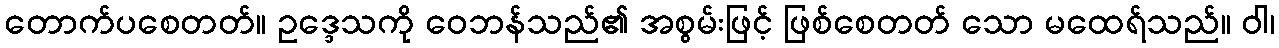
တောက်ပစေတတ်။ ဥဒ္ဒေသကို ဝေဘန်သည်၏ အစွမ်းဖြင့် ဖြစ်စေတတ် သော မထေရ်သည်။ ဝါ၊